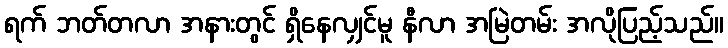
ရက် ဘတ်တလာ အနားတွင် ရှိနေလျှင်မူ နီလာ အမြဲတမ်း အလိုပြည့်သည်။